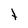
Character: t